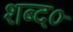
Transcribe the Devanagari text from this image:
शब्द०